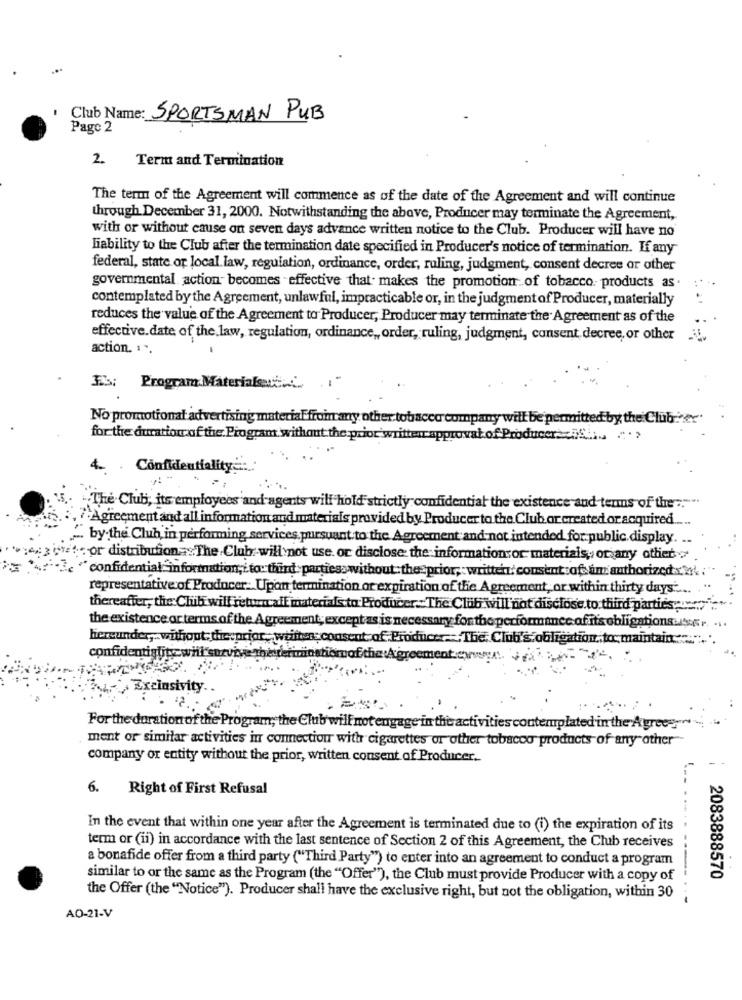
Club Name: SPORTSMAN PUB
Page 2
2.
Term and Termination
The term of the Agreement will commence as of the date of the Agreement and will continue
through December 31, 2000. Notwithstanding the above, Producer may terminate the Agreement,
with or without cause on seven days advance written notice to the Club. Producer will have no
liability to the Club after the termination date specified in Producer's notice of termination. If any
federal, state or local law, regulation, ordinance, order, ruling, judgment, consent decree or other
governmental action- becomes effective that makes the promotion of tobacco products as.
contemplated by the Agreement, unlawful, impracticable or, in the judgment of Producer, materially
reduces the value of the Agreement to Producer, Producer may terminate the Agreement as of the
effective.date of the law, regulation, ordinance ,, order, ruling, judgment, consent decree, or other
action. ...
1-
Es: Program Materialet :.....
No promotional advertising materialfromany other tobacco
mpany will be permitted by the Club?er.
for the duration of the Program without the prior writtenrap
wvat of Producer:caSiis .
4.
Confidentiality :..
5 .. "The Club, its employees and-agents will hold strictly confidential the existence and terms of the :. ""
, 7"Agreement and all information and materials provided by Producer to the Club or created or acquired ....
". by the Club in performing services, pursuant to the Agreement and not intended for public display.
wow or distribution The Club will not use. or disclose: the information or materials, or any other
.- 3. "confidential information; i to: third parties without the prior, : written consent :ofe am authorized x 2
representative of Producer: Upon termination or expiration of the Agreement, or within thirty days ....
thereafter, the Chib will returncall materials to Producer. The Club will not disclose to third parties.
the existence or terms of the Agreement; except as is necessary for theperformance of its obligations .... ...
hereunder, without the prior writen consent of Producer= The Club's obligation to maintain
confidentiality whit
the Agro
Excinsivity ..
For the duration of the Program; the Club will not engage in the activities contemplated in the Agreesm
ment or similar activities in connection with cigarettes or other tobacco products of any other"-
company or entity without the prior, written consent of Producer ..
6. Right of First Refusal
In the event that within one year after the Agreement is terminated due to (i) the expiration of its
term or (ii) in accordance with the last sentence of Section 2 of this Agreement, the Club receives
a bonafide offer from a third party ("Third Party") to enter into an agreement to conduct a program
similar to or the same as the Program (the "Offer"), the Club must provide Producer with a copy of
2083888570
the Offer (the "Notice"). Producer shall have the exclusive right, but not the obligation, within 30
AO-21-V